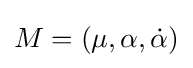
M=(\mu ,\alpha ,{\dot {\alpha }})